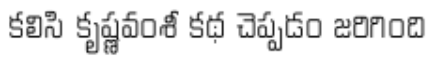
కలిసి కృష్ణవంశీ కథ చెప్పడం జరిగింది